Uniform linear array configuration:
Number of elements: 8
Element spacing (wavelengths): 0.75
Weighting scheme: blackman
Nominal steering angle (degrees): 0
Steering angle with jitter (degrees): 0.05866
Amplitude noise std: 0.05
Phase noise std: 0.05

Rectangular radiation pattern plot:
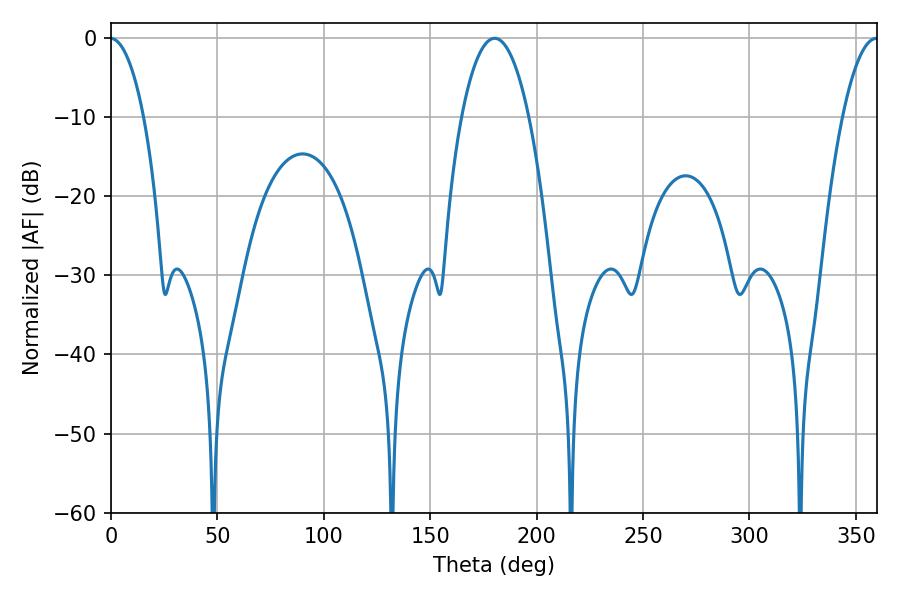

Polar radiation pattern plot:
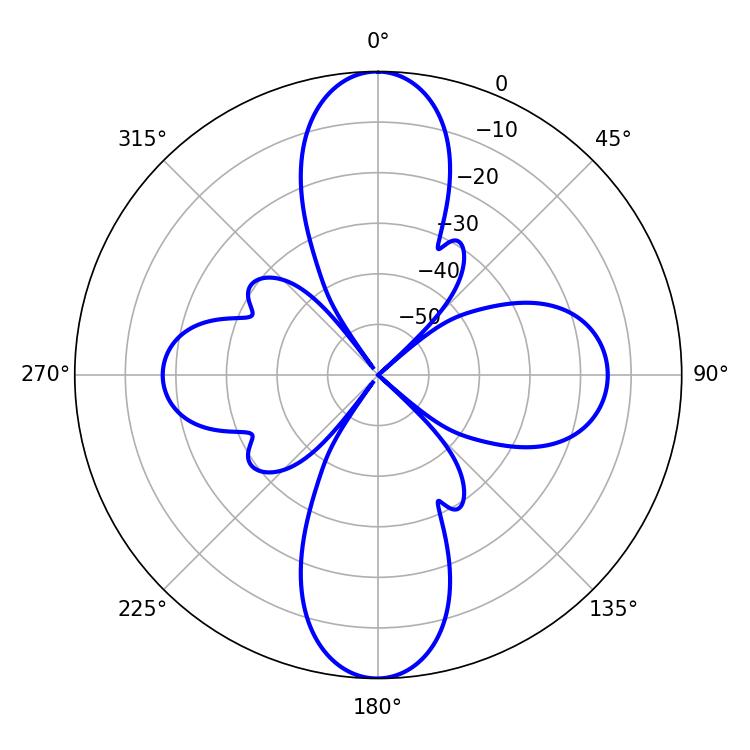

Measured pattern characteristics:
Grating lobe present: TRUE
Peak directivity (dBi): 27.113
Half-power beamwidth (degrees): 17.64
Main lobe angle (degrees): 180.36